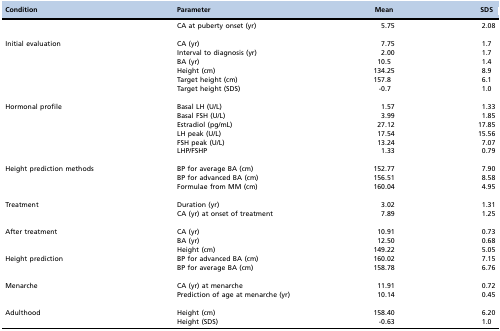
<table><thead><tr><td><b>Condition</b></td><td><b>Parameter</b></td><td><b>Mean</b></td><td><b>SDS</b></td></tr></thead><tbody><tr><td></td><td>CA at puberty onset (yr)</td><td>5.75</td><td>2.08</td></tr><tr><td>Initial evaluation</td><td>CA (yr)</td><td>7.75</td><td>1.7</td></tr><tr><td></td><td>Interval to diagnosis (yr)</td><td>2.00</td><td>1.7</td></tr><tr><td></td><td>BA (yr)</td><td>10.5</td><td>1.4</td></tr><tr><td></td><td>Height (cm)</td><td>134.25</td><td>8.9</td></tr><tr><td></td><td>Target height (cm)</td><td>157.8</td><td>6.1</td></tr><tr><td></td><td>Target height (SDS)</td><td>-0.7</td><td>1.0</td></tr><tr><td>Hormonal profile</td><td>Basal LH (U/L)</td><td>1.57</td><td>1.33</td></tr><tr><td></td><td>Basal FSH (U/L)</td><td>3.99</td><td>1.85</td></tr><tr><td></td><td>Estradiol (pg/mL)</td><td>27.12</td><td>17.85</td></tr><tr><td></td><td>LH peak (U/L)</td><td>17.54</td><td>15.56</td></tr><tr><td></td><td>FSH peak (U/L)</td><td>13.24</td><td>7.07</td></tr><tr><td></td><td>LHP/FSHP</td><td>1.33</td><td>0.79</td></tr><tr><td>Height prediction methods</td><td>BP for average BA (cm)</td><td>152.77</td><td>7.90</td></tr><tr><td></td><td>BP for advanced BA (cm)</td><td>156.51</td><td>8.58</td></tr><tr><td></td><td>Formulae from MM (cm)</td><td>160.04</td><td>4.95</td></tr><tr><td>Treatment</td><td>Duration (yr)</td><td>3.02</td><td>1.31</td></tr><tr><td></td><td>CA (yr) at onset of treatment</td><td>7.89</td><td>1.25</td></tr><tr><td>After treatment</td><td>CA (yr)</td><td>10.91</td><td>0.73</td></tr><tr><td></td><td>BA (yr)</td><td>12.50</td><td>0.68</td></tr><tr><td></td><td>Height (cm)</td><td>149.22</td><td>5.05</td></tr><tr><td>Height prediction</td><td>BP for advanced BA (cm)</td><td>160.02</td><td>7.15</td></tr><tr><td></td><td>BP for average BA (cm)</td><td>158.78</td><td>6.76</td></tr><tr><td>Menarche</td><td>CA (yr) at menarche</td><td>11.91</td><td>0.72</td></tr><tr><td></td><td>Prediction of age at menarche (yr)</td><td>10.14</td><td>0.45</td></tr><tr><td>Adulthood</td><td>Height (cm)</td><td>158.40</td><td>6.20</td></tr><tr><td></td><td>Height (SDS)</td><td>-0.63</td><td>1.0</td></tr></tbody></table>